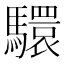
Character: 𩦮